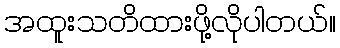
အထူးသတိထားဖို့လိုပါတယ်။